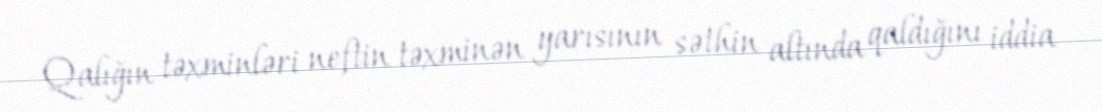
Qalığın təxminləri neftin təxminən yarısının səthin altında qaldığını iddia